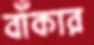
বাঁকার